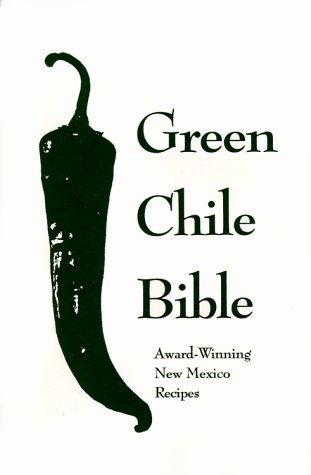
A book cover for Green Chile Bible: Award-Winning New Mexico Recipes; Albuquerque Tribune; Cookbooks, Food & Wine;